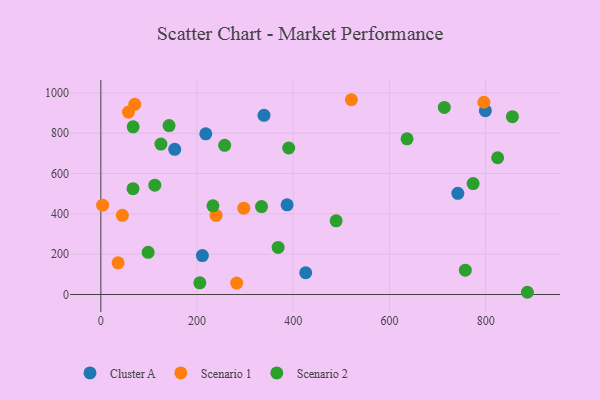
{"axis": {"x": "Engine Size", "y": "Sales"}, "legend": ["Cluster A", "Scenario 1", "Scenario 2"], "data": [{"x": "742.2", "y": 501.7, "type": "Cluster A"}, {"x": "339.2", "y": 888.7, "type": "Cluster A"}, {"x": "153.6", "y": 719.8, "type": "Cluster A"}, {"x": "425.9", "y": 108.0, "type": "Cluster A"}, {"x": "211.1", "y": 192.9, "type": "Cluster A"}, {"x": "387.2", "y": 444.8, "type": "Cluster A"}, {"x": "799.4", "y": 911.6, "type": "Cluster A"}, {"x": "218.2", "y": 796.6, "type": "Cluster A"}, {"x": "35.9", "y": 157.3, "type": "Scenario 1"}, {"x": "44.7", "y": 392.5, "type": "Scenario 1"}, {"x": "796.3", "y": 953.4, "type": "Scenario 1"}, {"x": "520.9", "y": 965.8, "type": "Scenario 1"}, {"x": "239.6", "y": 392.3, "type": "Scenario 1"}, {"x": "57.4", "y": 904.8, "type": "Scenario 1"}, {"x": "70.5", "y": 943.1, "type": "Scenario 1"}, {"x": "297.1", "y": 428.3, "type": "Scenario 1"}, {"x": "3.7", "y": 442.9, "type": "Scenario 1"}, {"x": "282.4", "y": 56.7, "type": "Scenario 1"}, {"x": "233.1", "y": 439.9, "type": "Scenario 2"}, {"x": "257.4", "y": 739.7, "type": "Scenario 2"}, {"x": "489.2", "y": 365.4, "type": "Scenario 2"}, {"x": "141.8", "y": 837.7, "type": "Scenario 2"}, {"x": "757.8", "y": 120.8, "type": "Scenario 2"}, {"x": "112.2", "y": 541.9, "type": "Scenario 2"}, {"x": "98.3", "y": 209.3, "type": "Scenario 2"}, {"x": "886.8", "y": 11.1, "type": "Scenario 2"}, {"x": "124.9", "y": 746.0, "type": "Scenario 2"}, {"x": "67.1", "y": 831.2, "type": "Scenario 2"}, {"x": "714.1", "y": 927.8, "type": "Scenario 2"}, {"x": "636.6", "y": 771.9, "type": "Scenario 2"}, {"x": "855.7", "y": 881.8, "type": "Scenario 2"}, {"x": "66.9", "y": 524.6, "type": "Scenario 2"}, {"x": "368.6", "y": 233.3, "type": "Scenario 2"}, {"x": "774.0", "y": 550.3, "type": "Scenario 2"}, {"x": "334.1", "y": 436.2, "type": "Scenario 2"}, {"x": "390.6", "y": 726.4, "type": "Scenario 2"}, {"x": "205.8", "y": 58.1, "type": "Scenario 2"}, {"x": "825.0", "y": 678.1, "type": "Scenario 2"}]}